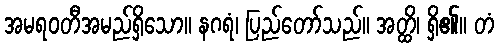
အမရဝတီအမည်ရှိသော။ နဂရံ၊ ပြည်တော်သည်။ အတ္ထိ၊ ရှိ၏။ တံ